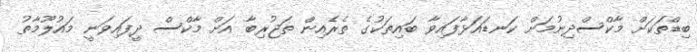
ބިޑްތަކަށް މާކްސްދިނުމަށް ކަނޑައަޅާފައިވާ ބައިތަކުގެ ތެރެއިން ތަޖުރިބާ އަށް މާކްސް ދީފައިވަނީ މައުލޫމާތު